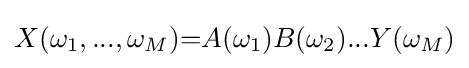
X(\omega _{1},...,\omega _{M}){=}A(\omega _{1})B(\omega _{2})...Y(\omega _{M})